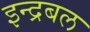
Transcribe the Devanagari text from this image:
इन्द्रबल